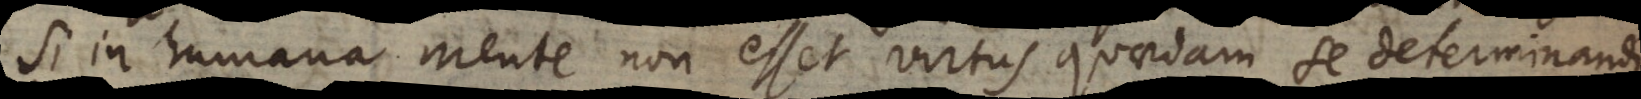
Si in humana Mente non esset virtus quaedam se determinandi